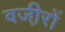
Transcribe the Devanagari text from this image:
वजी़रों